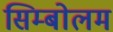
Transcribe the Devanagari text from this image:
सिम्बोलम